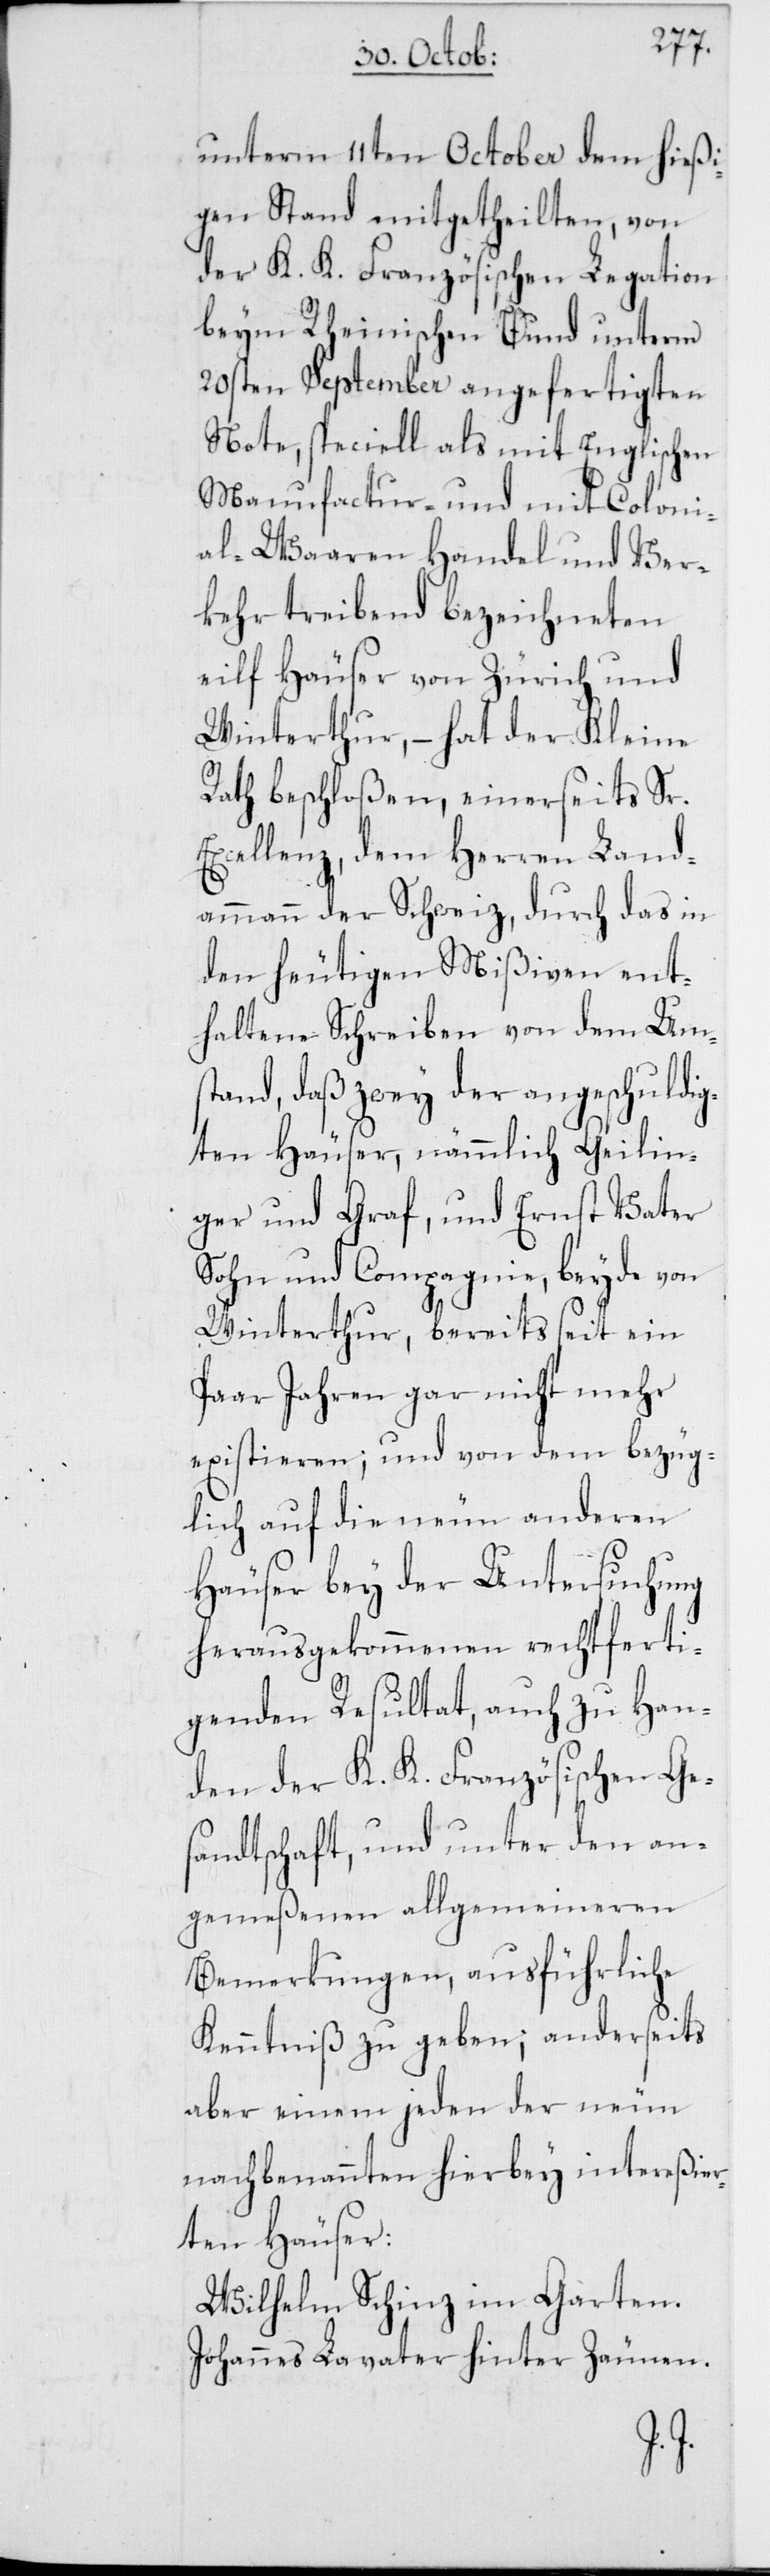
unterm 11ten October dem hießi¬
gen Stand mitgetheilten, von
der K. K. Französischen Legation
beym Rheinischen Bund unterm
20sten September angefertigten
Note, speciell als mit Englischen
Manufactur- und mit Coloni¬
al-Waaren Handel und Ver¬
kehr treibend bezeichneten
eilf Häuser von Zürich und
Winterthur, – hat der Kleine
Rath beschloßen, einerseits Sr.
Excellenz, dem Herren Land¬
ammann der Schweiz, durch das in
den heutigen Mißiven ent¬
haltene Schreiben von dem Ums¬
tand, daß zwey der angeschuldig¬
ten Häuser, nämmlich Geilin¬
ger und Graf, und Ernst Vater,
Sohn und Compagnie, beyde von
Winterthur, bereits seit ein
Paar Jahren gar nicht mehr
existieren; und von dem bezüg¬
lich auf die neun anderen
Häuser bey der Untersuchung
herausgekommenen rechtferti¬
genden Resultat, auch zu Han¬
den der K. K. Französischen Ge¬
sandtschaft, und unter den an¬
gemeßenen allgemeineren
Bemerkungen, ausführliche
Kenntniß zu geben; anderseits
aber einem jeden der neun
nachbenannten hierbey intereßier¬
ten Häuser:
Wilhelm Schinz im Garten.
Johannes Lavater hinter Zäunen.